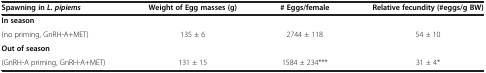
| Spawning in L. pipiems | Weight of Egg masses (g) | # Eggs/female | Relative fecundity (#eggs/g BW) |
 | --- | --- | --- | --- |
 | In season |  |  |  |
 | (no priming, GnRH-A+MET) | 135 ± 6 | 2744 ± 118 | 54 ± 10 |
 | Out of season |  |  |  |
 | (GnRH-A priming, GnRH-A+MET) | 131 ± 15 | 1584 ± 234*** | 31 ± 4* |